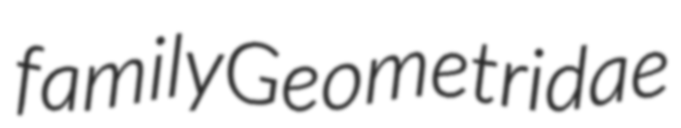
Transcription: family Geometridae